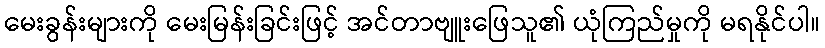
မေးခွန်းများကို မေးမြန်းခြင်းဖြင့် အင်တာဗျူးဖြေသူ၏ ယုံကြည်မှုကို မရနိုင်ပါ။